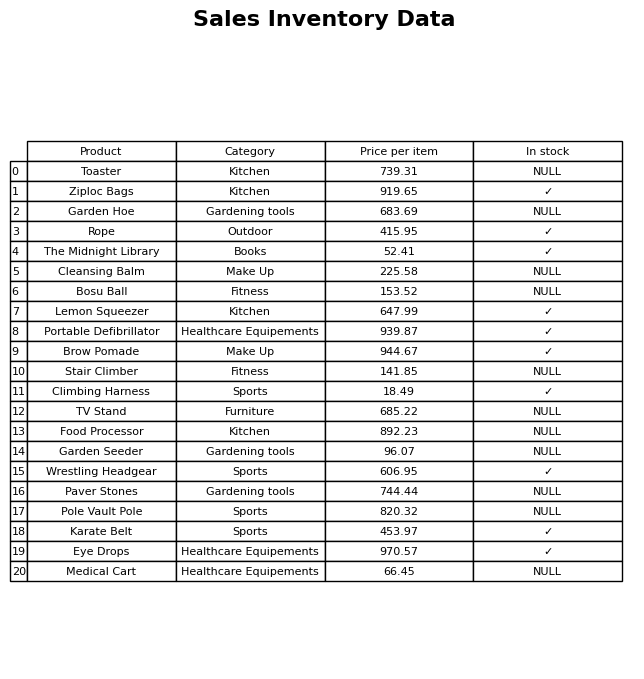
question: What is the price of the Stair Climber?
answer: The price of Stair Climber is 141.85.